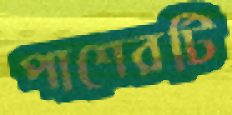
পাশেরটি